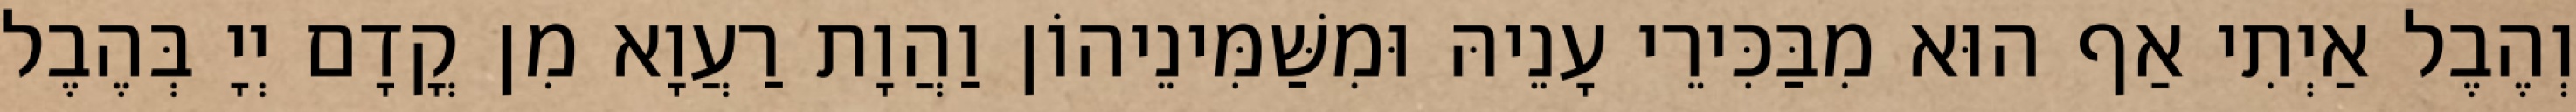
וְהֶבֶל אַיְתִי אַף הוּא מִבַּכִּירֵי עָנֵיהּ וּמִשַּׁמִּינֵיהוֹן וַהֲוָת רַעֲוָא מִן קֳדָם יְיָ בְּהֶבֶל